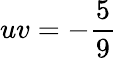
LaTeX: uv=-\frac{5}{9}